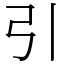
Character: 引